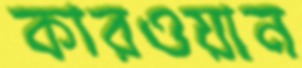
কারওয়ান